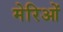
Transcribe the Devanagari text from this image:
मेरिओं